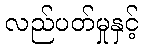
လည်ပတ်မှုနှင့်